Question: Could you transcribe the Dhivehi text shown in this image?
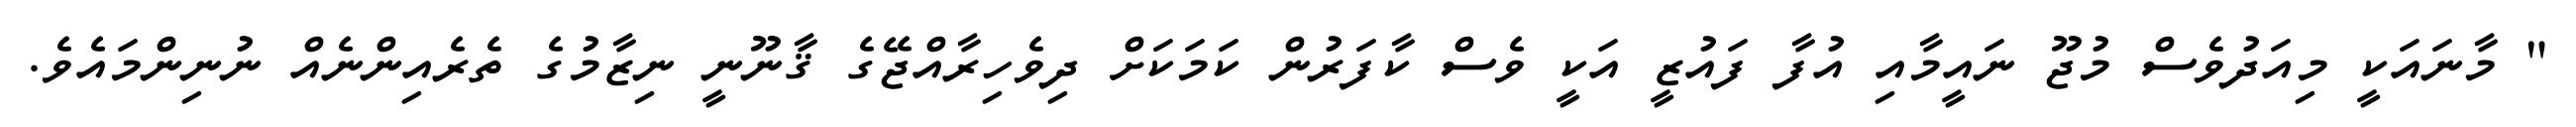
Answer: " މާނައަކީ މިއަދުވެސް މުޖޫ ނައީމާއި އުފާ ފައުޒީ އަކީ ވެސް ކާފަރުން ކަމަކަށް ދިވެހިރާއްޖޭގެ ޤާނޫނީ ނިޒާމުގެ ތެރެއިންނެއް ނުނިންމައެވެ.